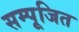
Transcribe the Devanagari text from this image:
सम्पूजित